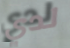
لدي